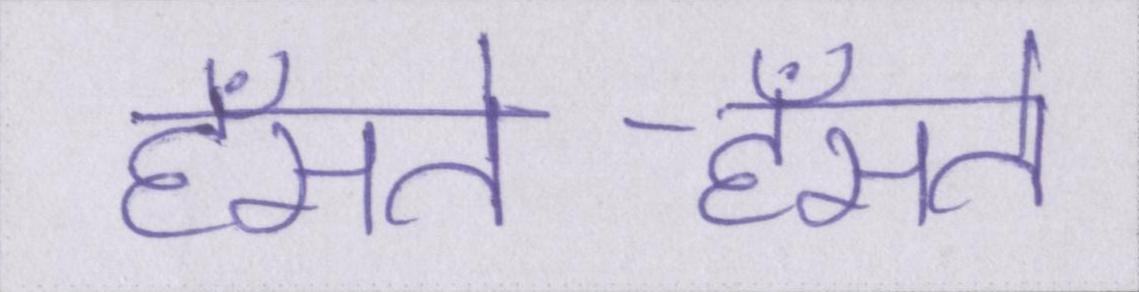
हँसते-हँसते